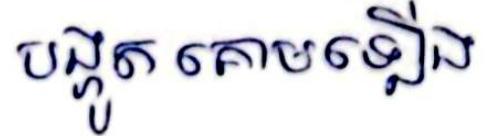
បង្ហូត គោមឡើង